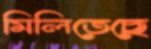
মিলিতেছে